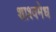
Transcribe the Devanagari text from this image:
शाश्वमेध